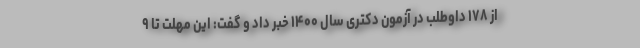
از ۱۷۸ داوطلب در آزمون دکتری سال ۱۴۰۰ خبر داد و گفت: این مهلت تا ۹